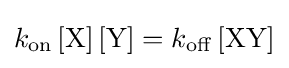
k_{\rm {on}}\,[{\rm {X}}]\,[{\rm {Y}}]=k_{\rm {off}}\,[{\rm {XY}}]